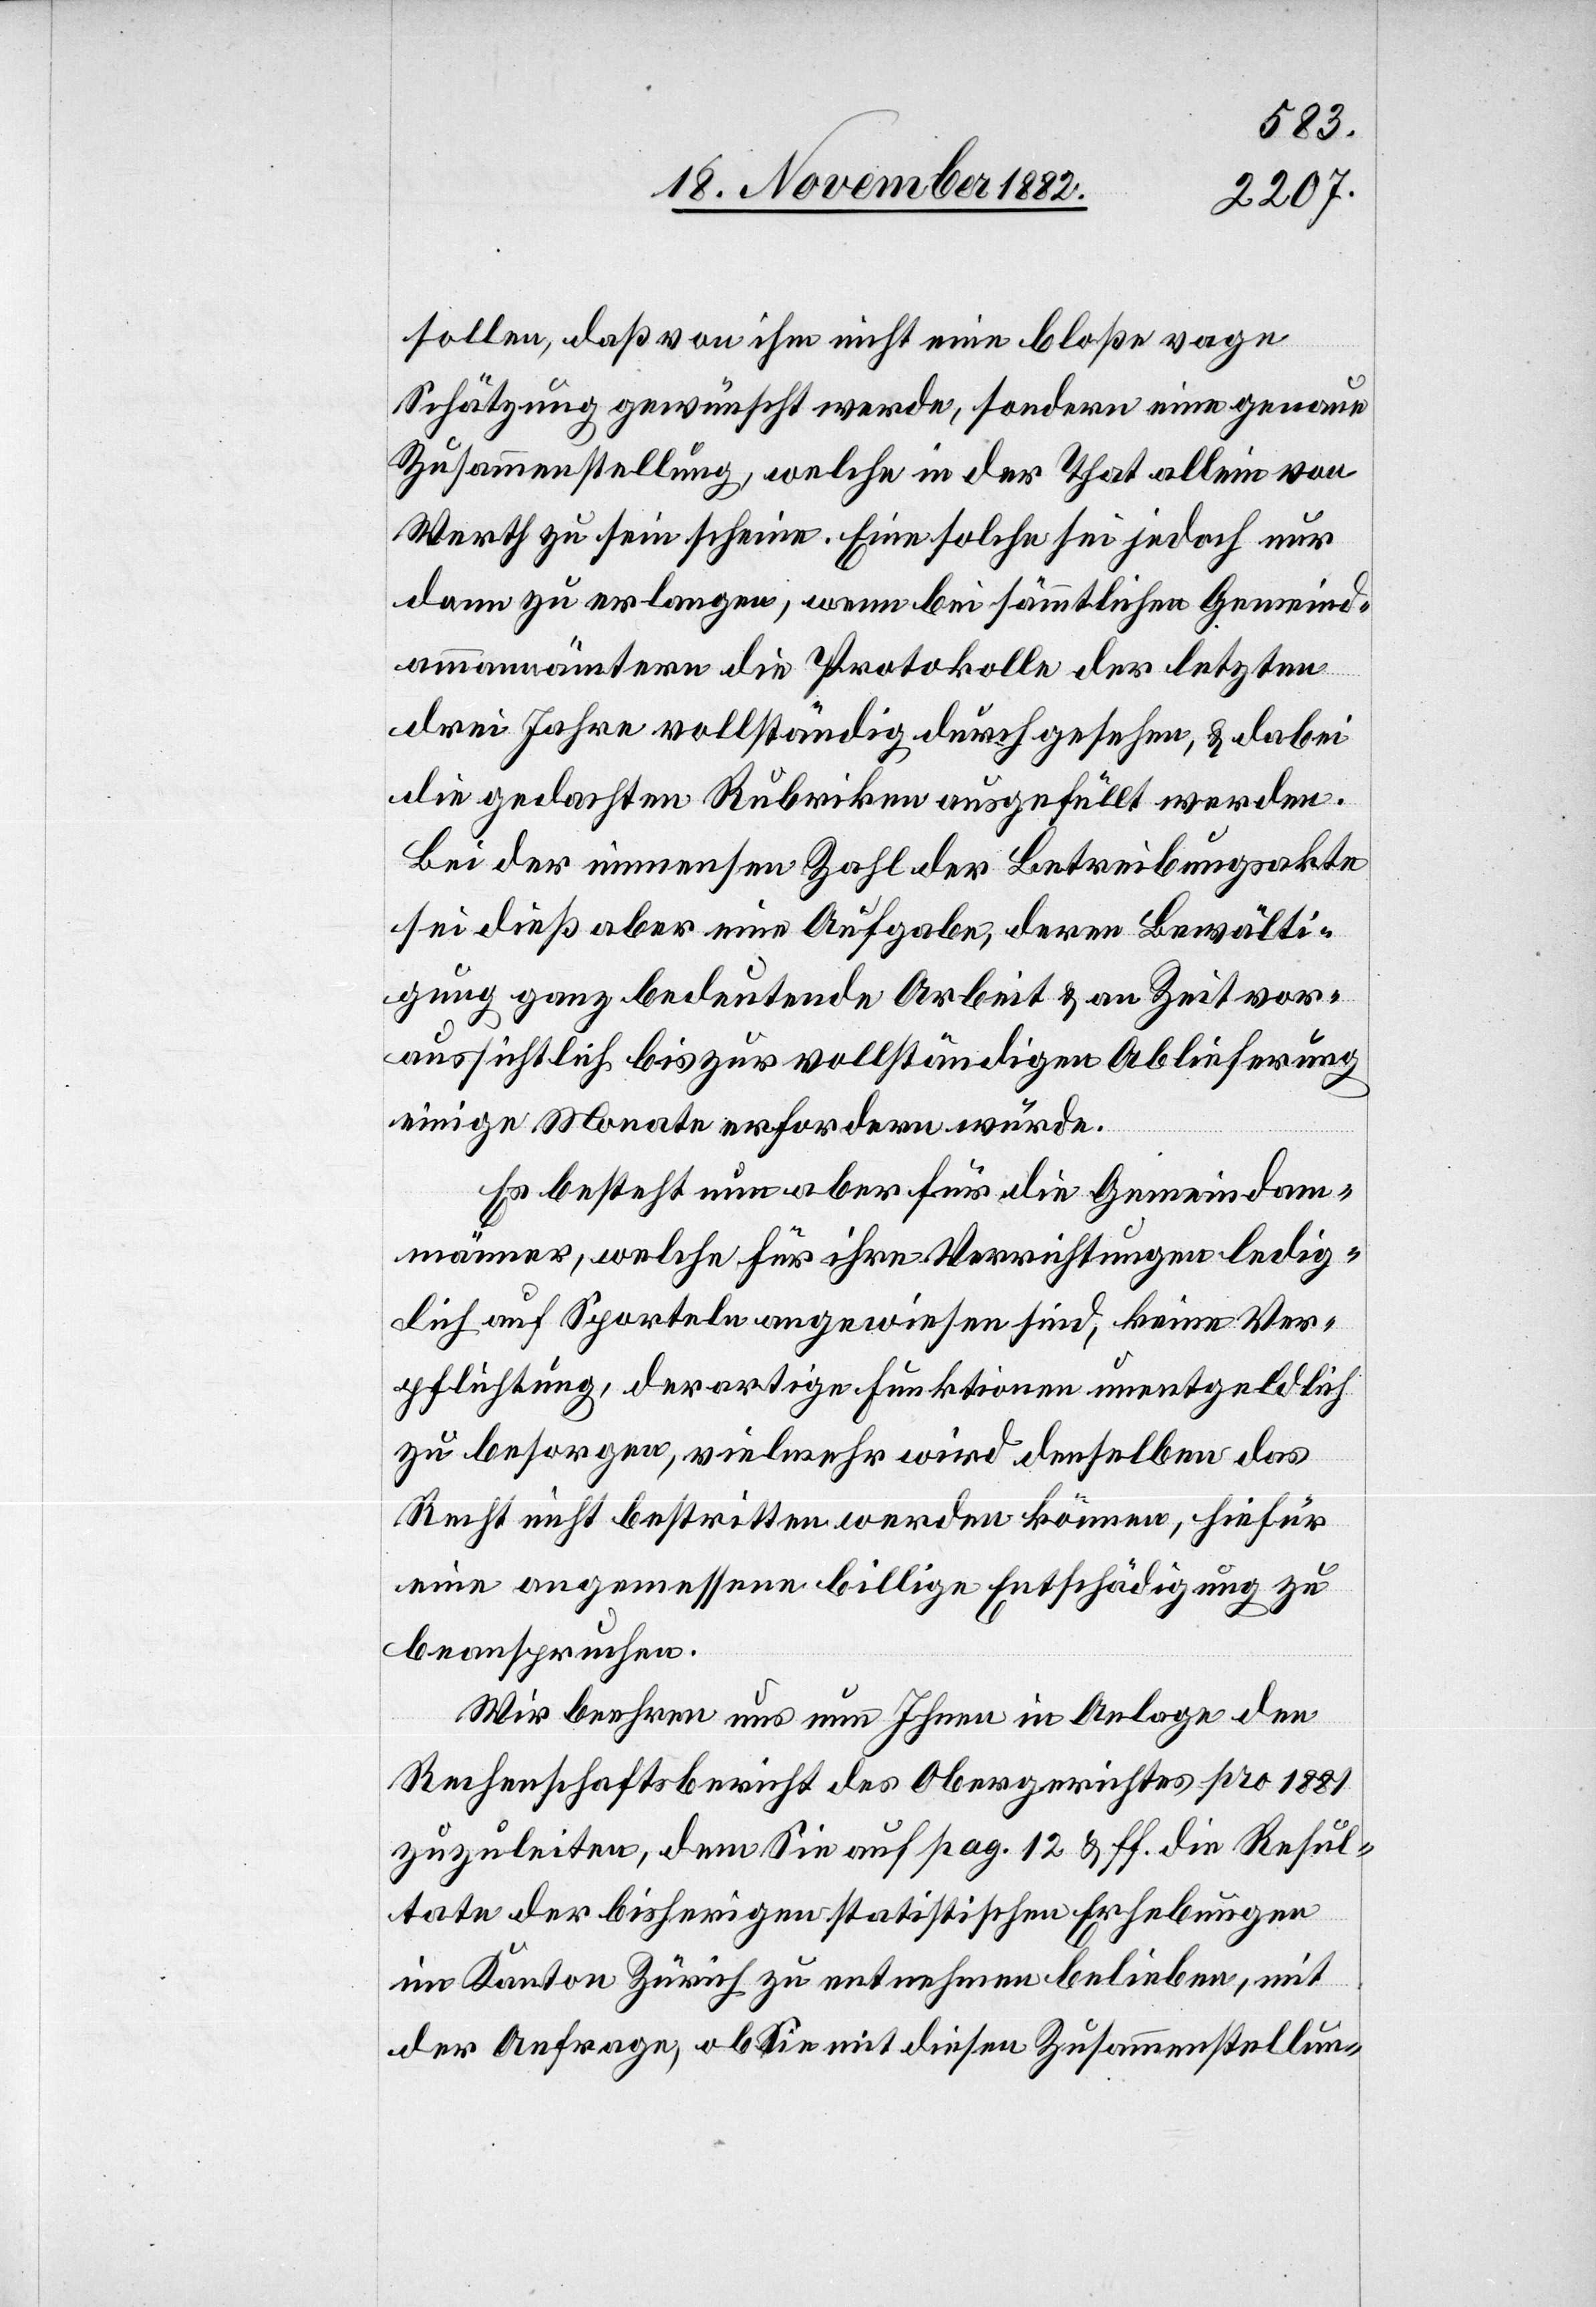
sollen, daß von ihm nicht eine bloße vage
Schätzung gewünscht werde, sondern eine genaue
Zusammenstellung, welche in der That allein von
Werth zu sein scheine. Eine solche sei jedoch nur
dann zu erlangen, wenn bei sämmtlichen Gemeind¬
ammannämtern die Protokolle der letzten
drei Jahre vollständig durchgesehen, & dabei
die gedachten Rubriken ausgefüllt werden.
Bei der immensen Zahl der Betreibungsakte
sei dieß aber eine Aufgabe, deren Bewälti¬
gung ganz bedeutende Arbeit & an Zeit vor¬
aussichtlich bis zur vollständigen Ablieferung
einige Monate erfordern würde.
Es besteht nun aber für die Gemeindam¬
männer, welche für ihre Verrichtungen ledig¬
lich auf Sporteln angewiesen sind, keine Ver¬
pflichtung, derartige Funktionen unentgeldlich
zu besorgen, vielmehr wird denselben das
Recht nicht bestritten werden können, hiefür
eine angemessene billige Entschädigung zu
beanspruchen.
Wir beehren uns nun Ihnen in Anlage den
Rechenschaftsbericht des Obergerichtes pro 1881
zuzuleiten, dem Sie auf pag. 12 & ff. die Resul¬
tate der bisherigen statistischen Erhebungen
im Kanton Zürich zu entnehmen belieben, mit
der Anfrage, ob Sie mit diesen Zusammenstellun-